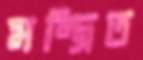
মন্ত্রিত